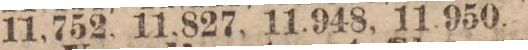
11,752, 11,827, 11,948, 11,950.